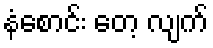
နံစောင်း တေ့ လျက်